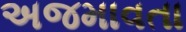
અજમાવતા